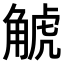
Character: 𧣾